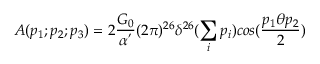
A ( p _ { 1 } ; p _ { 2 } ; p _ { 3 } ) = 2 \frac { G _ { 0 } } { \alpha ^ { ' } } ( 2 \pi ) ^ { 2 6 } \delta ^ { 2 6 } ( \sum _ { i } p _ { i } ) c o s ( \frac { p _ { 1 } \theta p _ { 2 } } { 2 } )